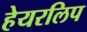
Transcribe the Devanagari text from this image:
हेयरलिप